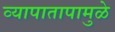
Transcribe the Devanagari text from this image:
व्यापातापामुळे